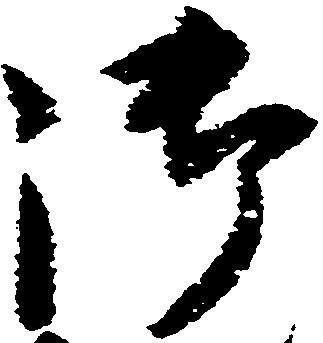
御